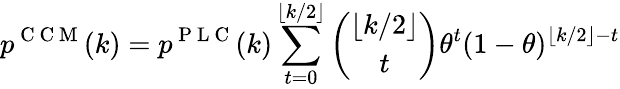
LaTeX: p^{\mathrm{~C~C~M~}}(k)=p^{\mathrm{~P~L~C~}}(k)\sum_{t=0}^{\lfloor k/2\rfloor}\binom{\lfloor k/2\rfloor}{t}\theta^{t}(1-\theta)^{\lfloor k/2\rfloor-t}